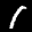
Label: 1